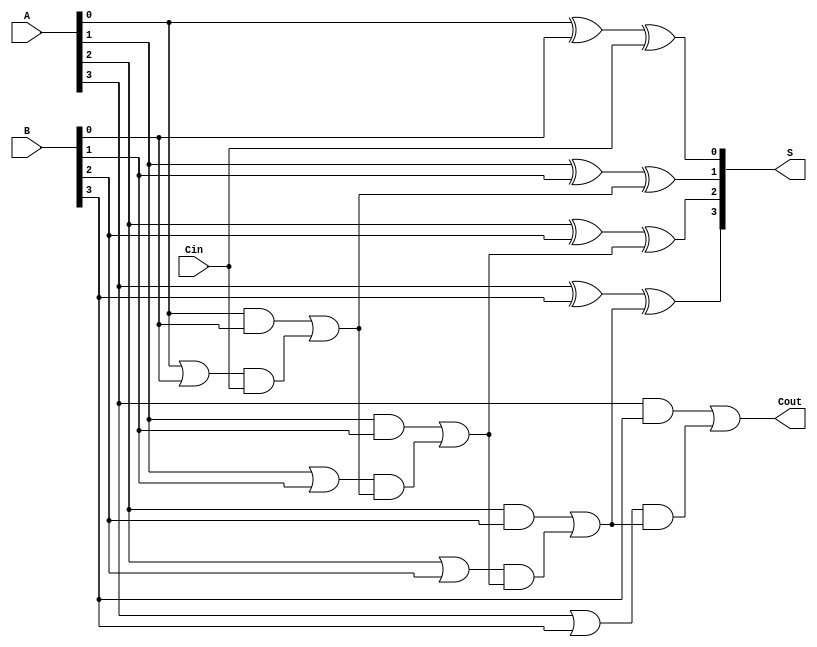
module CLA_4bit (
    input  [3:0] A,      // 4-bit input A
    input  [3:0] B,      // 4-bit input B
    input        Cin,     // Carry input
    output [3:0] S,      // 4-bit sum output
    output       Cout     // Carry output
);

    // Generate and Propagate signals
    wire [3:0] G; // Generate signals
    wire [3:0] P; // Propagate signals
    wire [3:0] C; // Carry signals

    // Generate and Propagate calculations
    assign G[0] = A[0] & B[0];
    assign P[0] = A[0] | B[0];

    assign G[1] = A[1] & B[1];
    assign P[1] = A[1] | B[1];

    assign G[2] = A[2] & B[2];
    assign P[2] = A[2] | B[2];

    assign G[3] = A[3] & B[3];
    assign P[3] = A[3] | B[3];

    // Carry calculations
    assign C[0] = G[0] | (P[0] & Cin);
    assign C[1] = G[1] | (P[1] & C[0]);
    assign C[2] = G[2] | (P[2] & C[1]);
    assign C[3] = G[3] | (P[3] & C[2]);

    // Final carry out
    assign Cout = C[3];

    // Sum calculations
    assign S[0] = A[0] ^ B[0] ^ Cin;
    assign S[1] = A[1] ^ B[1] ^ C[0];
    assign S[2] = A[2] ^ B[2] ^ C[1];
    assign S[3] = A[3] ^ B[3] ^ C[2];

endmodule